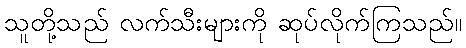
သူတို့သည် လက်သီးများကို ဆုပ်လိုက်ကြသည်။